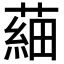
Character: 𦹀